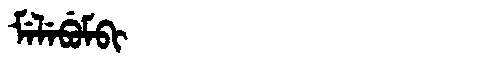
Manchu: ᠮᡝᠯᡝᠪᡠᠮᠪᡳ
Romanization: MELEBUMBI